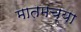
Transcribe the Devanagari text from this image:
मातमच्या